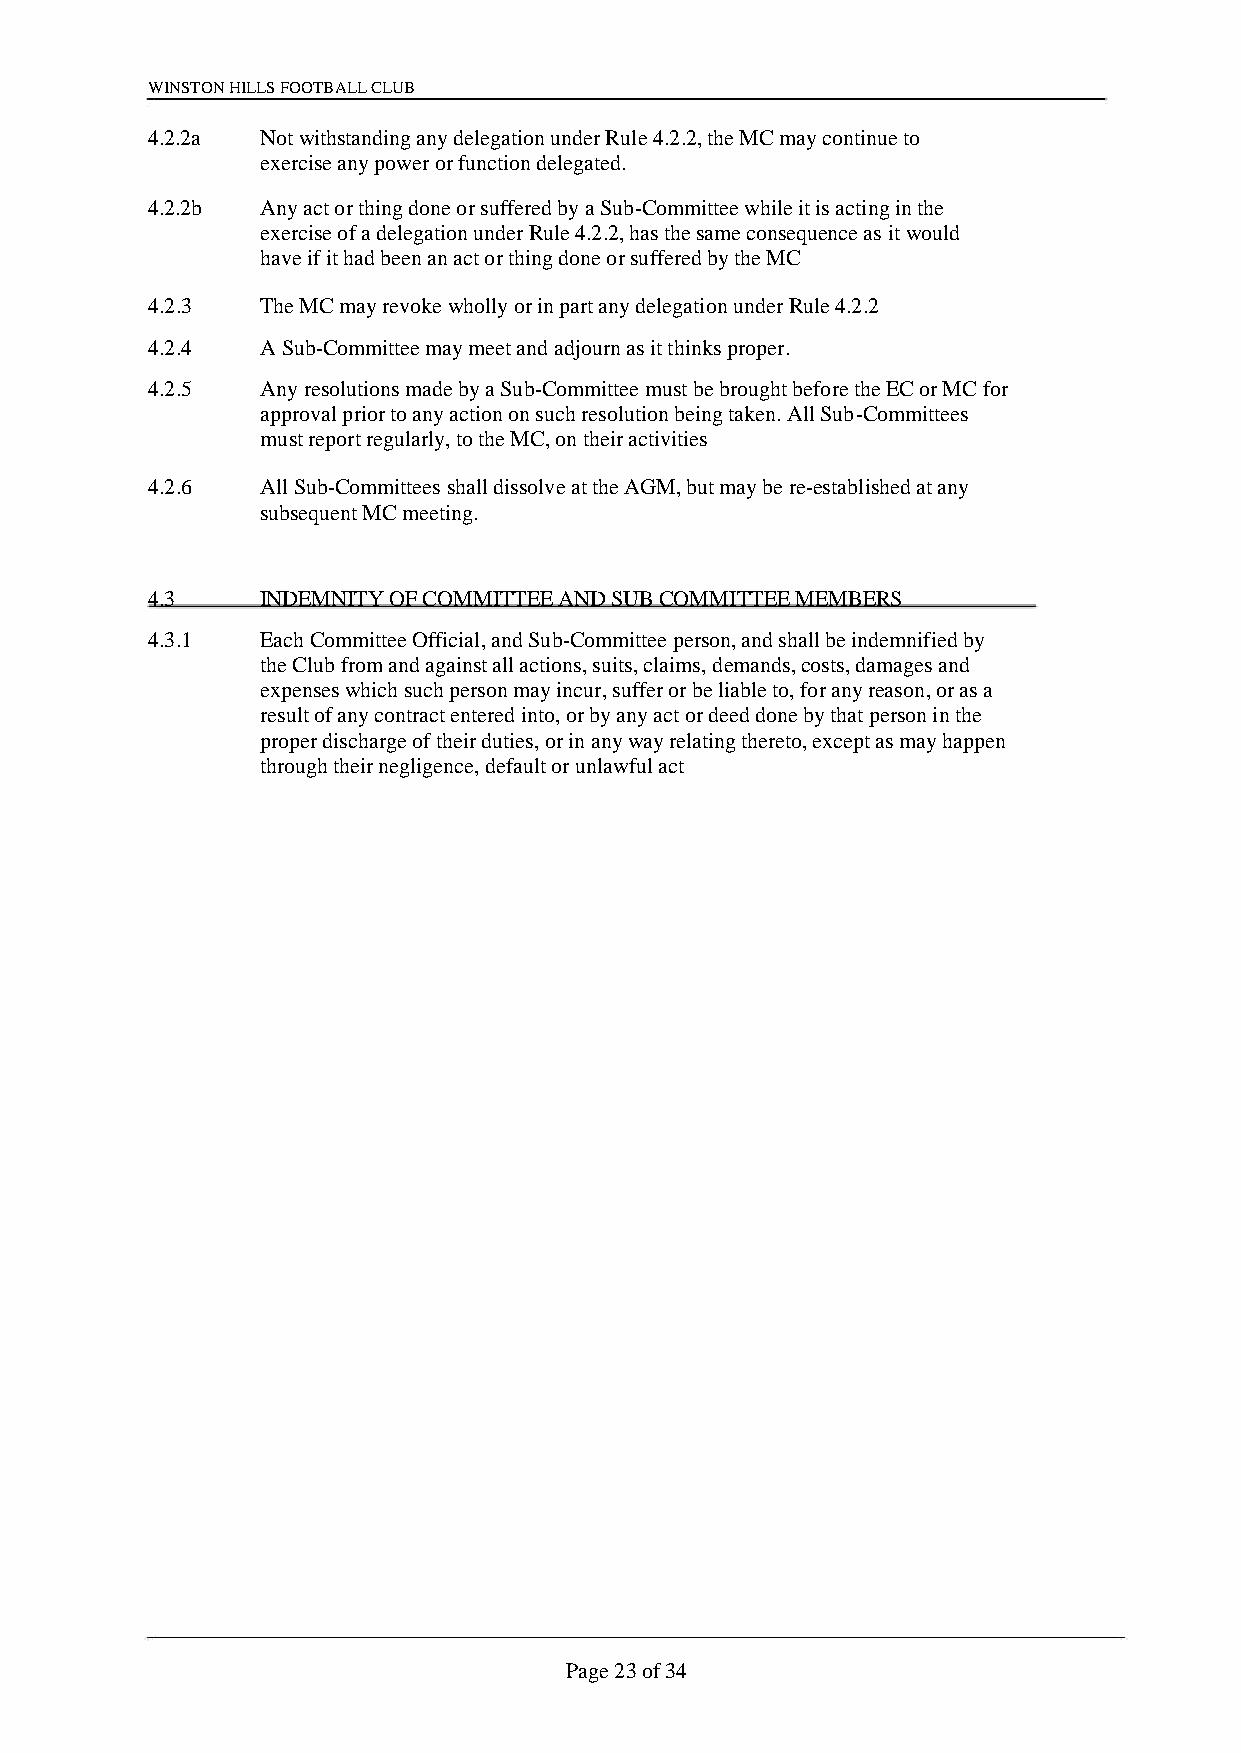
WINSTON HILLS FOOTBALL CLUB
 4.2.2a Not withstanding any delegation under Rule 4.2.2, the MC may continue to
 exercise any power or function delegated.
 4.2.2b Any act or thing done or suffered by a Sub-Committee while it is acting in the
 exercise of a delegation under Rule 4.2.2, has the same consequence as it would
 have if it had been an act or thing done or suffered by the MC
 4.2.3  The MC may revoke wholly or in part any delegation under Rule 4.2.2
 4.2.4  A Sub-Committee may meet and adjourn as it thinks proper.
 4.2.5  Any resolutions made by a Sub-Committee must be brought before the EC or MC for
 approval prior to any action on such resolution being taken. All Sub-Committees
 must report regularly, to the MC, on their activities
 4.2.6  All Sub-Committees shall dissolve at the AGM, but may be re-established at any
 subsequent MC meeting.
 4.3    INDEMNITY OF COMMITTEE AND SUB COMMITTEE MEMBERS
 4.3.1  Each Committee Official, and Sub-Committee person, and shall be indemnified by
 the Club from and against all actions, suits, claims, demands, costs, damages and
 expenses which such person may incur, suffer or be liable to, for any reason, or as a
 result of any contract entered into, or by any act or deed done by that person in the
 proper discharge of their duties, or in any way relating thereto, except as may happen
 through their negligence, default or unlawful act
 Page 23 of 34